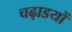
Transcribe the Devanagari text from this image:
चढ़ाडयों